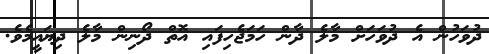
ދުވަހުން އެ ދުވަހަށް މާލެ ދާން ހަމަޖެހިފައި އޮތް ދޯނިން މާލެ ދިޔައީމެވެ.